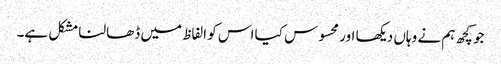
جو کچھ ہم نے وہاں دیکھا اور محسوس کیا اس کو الفاظ میں ڈھالنا مشکل ہے۔